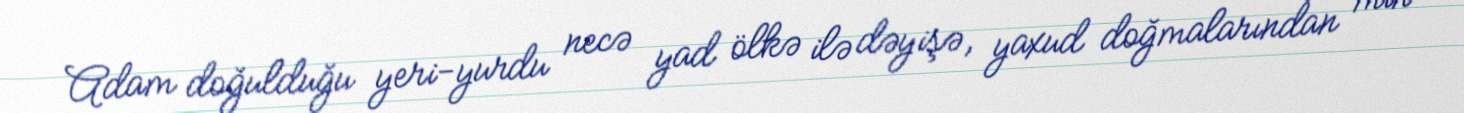
Adam doğulduğu yeri-yurdu necə yad ölkə ilə dəyişə, yaxud doğmalarından min